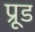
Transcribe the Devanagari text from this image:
प्रूड